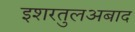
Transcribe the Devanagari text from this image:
इशरतुलअबाद